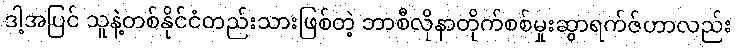
ဒါ့အပြင် သူနဲ့တစ်နိုင်ငံတည်းသားဖြစ်တဲ့ ဘာစီလိုနာတိုက်စစ်မှုးဆွာရက်ဇ်ဟာလည်း